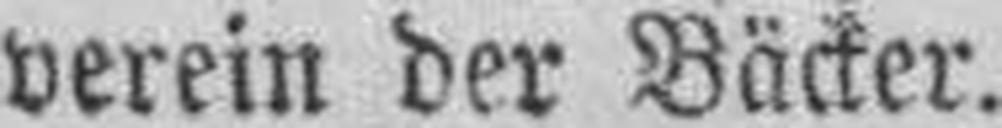
verein der Bäcker.